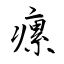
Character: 瘰